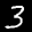
Label: 3